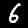
Label: 6